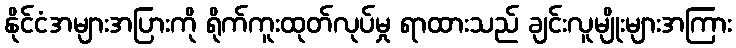
နိုင်ငံအများအပြားကို ရိုက်ကူးထုတ်လုပ်မှု ရာထားသည် ချင်းလူမျိုးများအကြား